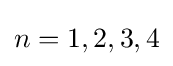
n=1,2,3,4